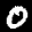
Label: 0